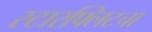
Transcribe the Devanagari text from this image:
स्टारफ्लिटचा